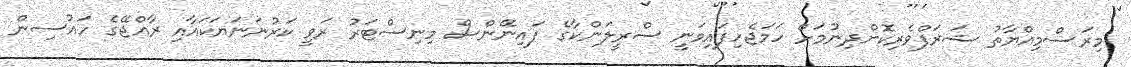
މިރަސްމިއްޔާތު ޝަރަފްވެރިކޮށްދިނުމަށް ހަމަޖެހިފައިވަނީ ސްރީލަންކާގެ ފައިނޭންސް މިނިސްޓަރު ރަވީ ކަރުނަނަޔަކައާއި ރާއްޖޭގެ ހައުސިން